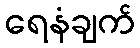
ရေနံချက်